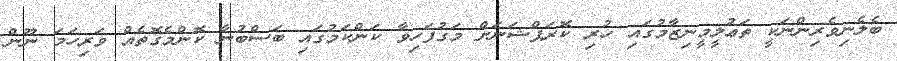
ބެލެނިވެރިންނަކީ ތަޢުލީމީނިޒާމުގައި ހުރި ކޮރަޕްޝަނަށް މަގުފަހިވާ ކަންކަމުގައި ބަސްބުނާ ކޮންމެގޮތެއް ވަރިހަމަ ނޫން